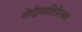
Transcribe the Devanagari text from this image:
नोंदीव्यतिरिक्त